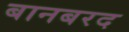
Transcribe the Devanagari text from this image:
बानबरद